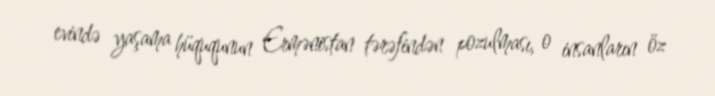
evində yaşama hüququnun Ermənistan tərəfindən pozulması, o insanların öz